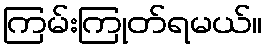
ကြမ်းကြုတ်ရမယ်။